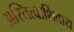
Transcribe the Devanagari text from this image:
अस्तित्वाशिवाय